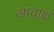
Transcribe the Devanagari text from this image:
आवाक्ष